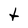
Character: t